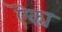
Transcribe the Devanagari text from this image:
ऎक्य